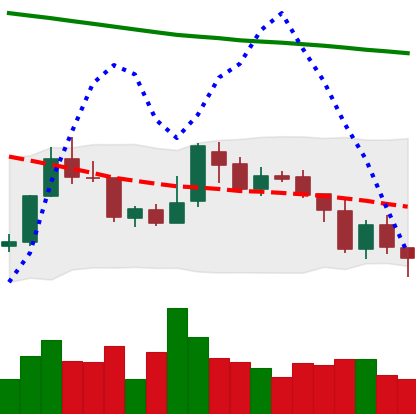
Ticker: XMR-USD
Chart end date: 2018-08-03
Forward return: -21.234%
Label: down_7plus